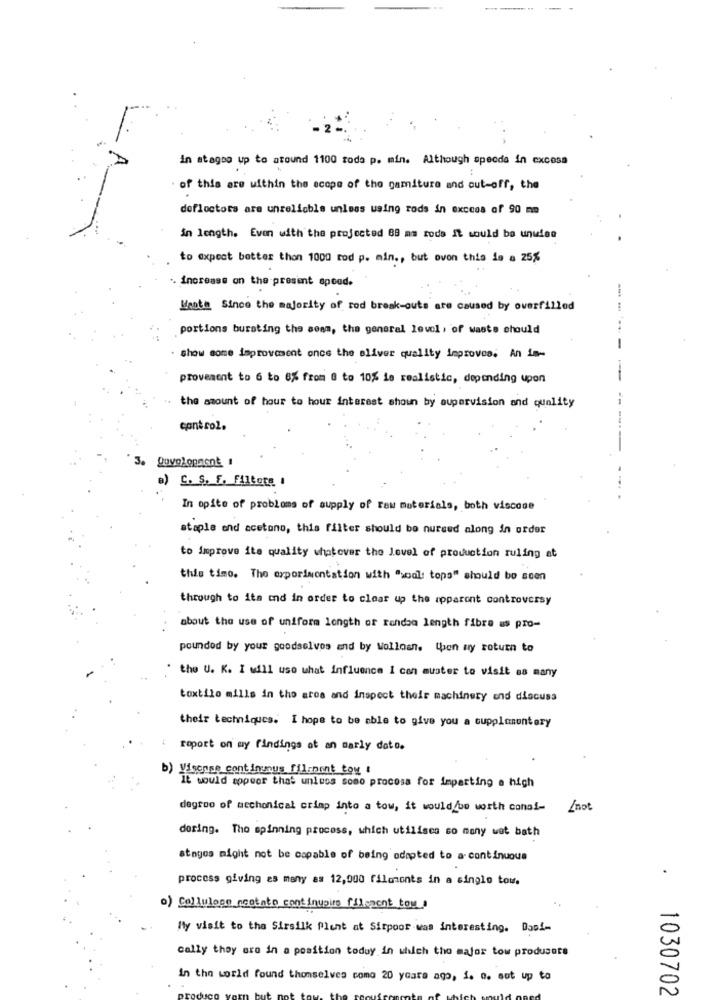
In atagoo up to around 1100 roda p. min. Although specda in excess
of this are within the scope of the gamiture and cut-off, the
defloctors are unreliable unless using rods in excess of 90 mm
in length. Even with the projected 88 mm rods It would be unwise
to expect better than 1000 rod p. min ., but ovon this is a 25%
. increase on the present speed.
Heath Since the majority of rod break-outs are caused by overfilled
---
portions bursting the seam, the general level, of waste should
--
. show some improvement once the Bliver quality improves. An im-
provement to 6 to 8% from 8 to 10% is realistic, depending upon
-
" the amount of hour to hour interest shown by supervision and quality
--.
control.
3. Dovelopment 1
B) C. S. F. Fillete 1
In spite of problems of supply of raw materials, both viscone
staple end acetono, this filter should be nursed along in order
to improve ite quality whatever the level of production ruling at
this timo. The experimentation with ">oal: tops" should be soen
through to its end in order to clear up the apparent controversy
about the use of uniform length of Fandsa length fibre us pro-
pounded by your goodselvos and by Wolloan. ten ay roturn to
the U. K. I will uso what influence 1 con muster to visit as many
toxtilo mills in the area and inspect their machinery and discuss
their techniques. I hope to be able to give you a supplununtery
: roport on my findings at an marly doto.
b) Visonise continuous fil.nont toy !
It would appear that unless somo procesa for imparting e hich
degroo of mechanical crimp into a tow, it would be worth consi- /not
dering. Tho spinning process, which utilises so many wat bath
stages might not be capable of being adapted to a continuous
process giving es many as 12,000 filmmonts in a single tow.
.
o) Cellulose nestato continupire filcacht tou
Mly visit to the Sirsilk Plent at Sirpoor was interesting. Dasi-
cally they are in a position toduy in which the major tow produsote
in the world found themselves como 20 years ago, 1. o. sut up to
1030702